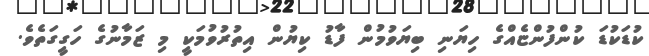
ކުޑަކުޑަ ކުންފުންޏެއްގެ ހިޔަނި ބިޔަވުމުން ފާޑު ކިޔުން އިތުރުވުމަކީ މި ޒަމާނުގެ ހަގީގަތެވެ.